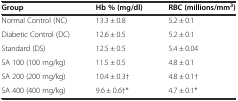
| Group | Hb % (mg/dl) | RBC (millions/mm3) |
 | --- | --- | --- |
 | Normal Control (NC) | 13.3 ± 0.8 | 5.2 ± 0.1 |
 | Diabetic Control (DC) | 12.6 ± 0.5 | 5.2 ± 0.1 |
 | Standard (DS) | 12.5 ± 0.5 | 5.4 ± 0.04 |
 | SA 100 (100 mg/kg) | 11.5 ± 0.5 | 4.8 ± 0.1 |
 | SA 200 (200 mg/kg) | 10.4 ± 0.3† | 4.8 ± 0.1† |
 | SA 400 (400 mg/kg) | 9.6 ± 0.6†* | 4.7 ± 0.1* |